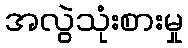
အလွဲသုံးစားမှု